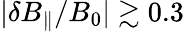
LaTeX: |\delta B_{\parallel}/B_{0}|\gtrsim 0.3